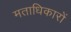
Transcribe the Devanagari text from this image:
मताधिकारों